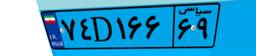
۷۴D۱۶۶۶۹